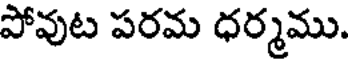
పోవుట పరమ ధర్మము.